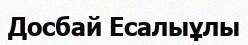
Досбай Есалыұлы